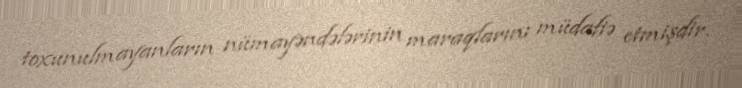
toxunulmayanların nümayəndələrinin maraqlarını müdafiə etmişdir.